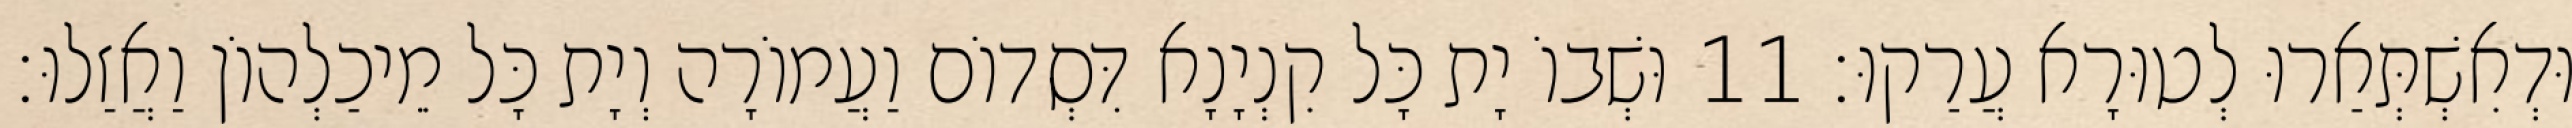
וּדְאִשְׁתְּאַרוּ לְטוּרָא עֲרַקוּ׃ 11 וּשְׁבוֹ יָת כָּל קִנְיָנָא דִּסְדוֹם וַעֲמוֹרָה וְיָת כָּל מֵיכַלְהוֹן וַאֲזַלוּ׃